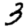
Digit: 3